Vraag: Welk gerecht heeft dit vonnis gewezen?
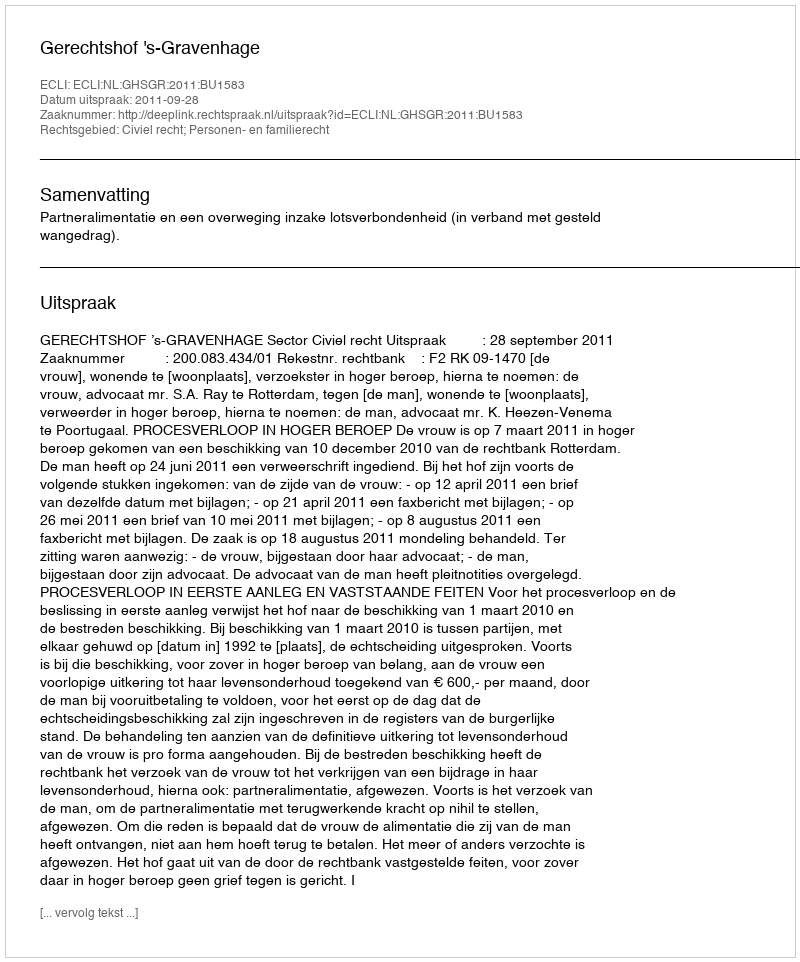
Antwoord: Gerechtshof 's-Gravenhage